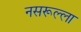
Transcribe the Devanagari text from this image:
नसरूल्ला